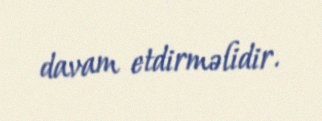
davam etdirməlidir.